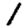
Digit: 1